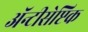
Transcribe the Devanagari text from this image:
ॲन्टीसेप्टिक